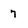
Character: 7